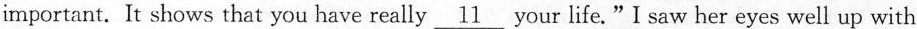
important.It shows that you have really \underline{11} your life."I saw her eyes well up with